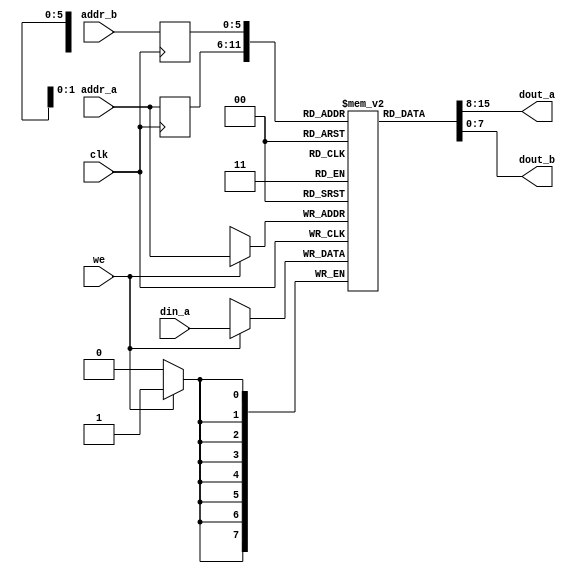
/***************************************************************************************************
*
*  Copyright (c) 2012, Brian Bennett
*  All rights reserved.
*
*  Redistribution and use in source and binary forms, with or without modification, are permitted
*  provided that the following conditions are met:
*
*  1. Redistributions of source code must retain the above copyright notice, this list of conditions
*     and the following disclaimer.
*  2. Redistributions in binary form must reproduce the above copyright notice, this list of
*     conditions and the following disclaimer in the documentation and/or other materials provided
*     with the distribution.
*
*  THIS SOFTWARE IS PROVIDED BY THE COPYRIGHT HOLDERS AND CONTRIBUTORS "AS IS" AND ANY EXPRESS OR
*  IMPLIED WARRANTIES, INCLUDING, BUT NOT LIMITED TO, THE IMPLIED WARRANTIES OF MERCHANTABILITY AND
*  FITNESS FOR A PARTICULAR PURPOSE ARE DISCLAIMED. IN NO EVENT SHALL THE COPYRIGHT OWNER OR
*  CONTRIBUTORS BE LIABLE FOR ANY DIRECT, INDIRECT, INCIDENTAL, SPECIAL, EXEMPLARY, OR CONSEQUENTIAL
*  DAMAGES (INCLUDING, BUT NOT LIMITED TO, PROCUREMENT OF SUBSTITUTE GOODS OR SERVICES; LOSS OF USE,
*  DATA, OR PROFITS; OR BUSINESS INTERRUPTION) HOWEVER CAUSED AND ON ANY THEORY OF LIABILITY,
*  WHETHER IN CONTRACT, STRICT LIABILITY, OR TORT (INCLUDING NEGLIGENCE OR OTHERWISE) ARISING IN ANY
*  WAY OUT OF THE USE OF THIS SOFTWARE, EVEN IF ADVISED OF THE POSSIBILITY OF SUCH DAMAGE.
*
*  Various generic, inferred block ram descriptors.
***************************************************************************************************/

// Dual port RAM with synchronous read.  Modified version of listing 12.4 in "FPGA Prototyping by
// Verilog Examples," itself a modified version of XST 8.11 v_rams_11.
module dual_port_ram_sync
#(
  parameter ADDR_WIDTH = 6,
  parameter DATA_WIDTH = 8
)
(
  input  wire                  clk,
  input  wire                  we,
  input  wire [ADDR_WIDTH-1:0] addr_a,
  input  wire [ADDR_WIDTH-1:0] addr_b,
  input  wire [DATA_WIDTH-1:0] din_a,
  output wire [DATA_WIDTH-1:0] dout_a,
  output wire [DATA_WIDTH-1:0] dout_b
);

reg [DATA_WIDTH-1:0] ram [2**ADDR_WIDTH-1:0];
reg [ADDR_WIDTH-1:0] q_addr_a;
reg [ADDR_WIDTH-1:0] q_addr_b;

always @(posedge clk)
  begin
    if (we)
        ram[addr_a] <= din_a;
    q_addr_a <= addr_a;
    q_addr_b <= addr_b;
  end

assign dout_a = ram[q_addr_a];
assign dout_b = ram[q_addr_b];

endmodule

// Single port RAM with synchronous read.
module single_port_ram_sync
#(
  parameter ADDR_WIDTH = 6,
  parameter DATA_WIDTH = 8
)
(
  input  wire                  clk,
  input  wire                  we,
  input  wire [ADDR_WIDTH-1:0] addr_a,
  input  wire [DATA_WIDTH-1:0] din_a,
  output wire [DATA_WIDTH-1:0] dout_a
);

reg [DATA_WIDTH-1:0] ram [2**ADDR_WIDTH-1:0];
reg [ADDR_WIDTH-1:0] q_addr_a;

always @(posedge clk)
  begin
    if (we)
        ram[addr_a] <= din_a;
    q_addr_a <= addr_a;
  end

assign dout_a = ram[q_addr_a];

// initialize ram content (for simulation)
integer i;
initial begin
  for (i=0;i<2**ADDR_WIDTH;i=i+1) begin
    ram[i] = 0;
  end
  $readmemh("test.data", ram); // add test.data to vivado project or specify a valid file path
end

endmodule